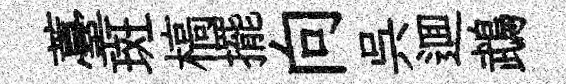
薹斑槁擺向呉逥鵡